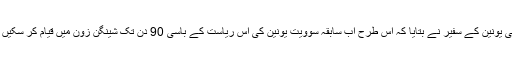
یورپی یونین کے سفیر نے بتایا کہ اس طرح اب سابقہ سوویت یونین کی اس ریاست کے باسی 90 دن تک شینگن زون میں قیام کر سکیں گے۔